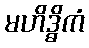
မဟိဒ္ဓိကံ